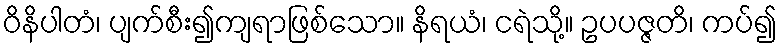
ဝိနိပါတံ၊ ပျက်စီး၍ကျရာဖြစ်သော။ နိရယံ၊ ငရဲသို့။ ဥပပဇ္ဇတိ၊ ကပ်၍